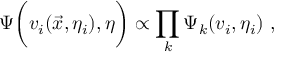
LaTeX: \Psi \biggl ( v _ { i } ( \vec { x } , \eta _ { i } ) , \eta \biggr ) \propto \prod _ { k } \Psi _ { k } ( v _ { i } , \eta _ { i } ) ~ ,